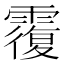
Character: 䨱